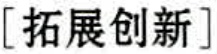
[拓展创新]